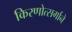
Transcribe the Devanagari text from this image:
किरणोत्सर्गाने